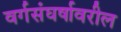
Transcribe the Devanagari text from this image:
वर्गसंघर्षावरील